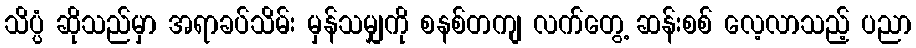
သိပ္ပံ ဆိုသည်မှာ အရာခပ်သိမ်း မှန်သမျှကို စနစ်တကျ လက်တွေ့ ဆန်းစစ် လေ့လာသည့် ပညာ